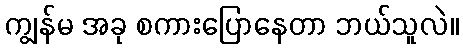
ကျွန်မ အခု စကားပြောနေတာ ဘယ်သူလဲ။